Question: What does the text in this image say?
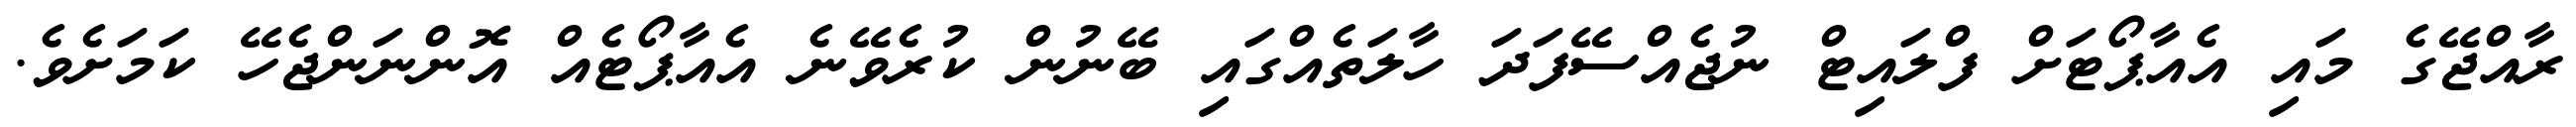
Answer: ރާއްޖޭގެ މައި އެއާޕޯޓަށް ފްލައިޓް ނުޖެއްސޭފަދަ ހާލަތެއްގައި ބޭނުން ކުރެވޭނެ އެއާޕޯޓެއް އޮންނަންޖެހޭ ކަމަށެވެ.